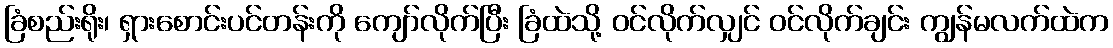
ခြံစည်းရိုး၊ ရှားစောင်းပင်တန်းကို ကျော်လိုက်ပြီး ခြံထဲသို့ ဝင်လိုက်လျှင် ဝင်လိုက်ချင်း ကျွန်မလက်ထဲက